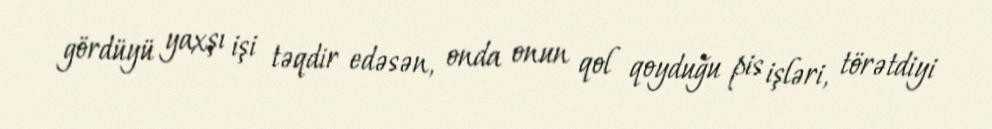
gördüyü yaxşı işi təqdir edəsən, onda onun qol qoyduğu pis işləri, törətdiyi